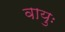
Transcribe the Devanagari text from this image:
वायुः